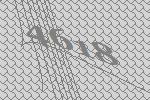
4618